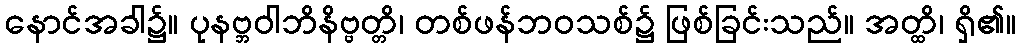
နောင်အခါ၌။ ပုနဗ္ဘဝါဘိနိဗ္ဗတ္တိ၊ တစ်ဖန်ဘဝသစ်၌ ဖြစ်ခြင်းသည်။ အတ္ထိ၊ ရှိ၏။